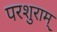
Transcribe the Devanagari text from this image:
परशुराम्